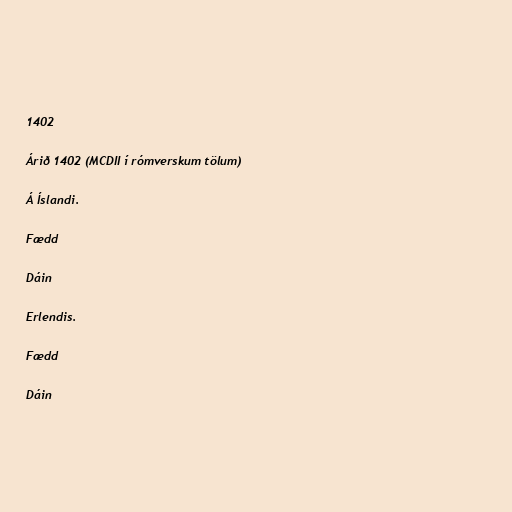
1402

Árið 1402 (MCDII í rómverskum tölum)

Á Íslandi.

Fædd

Dáin

Erlendis.

Fædd

Dáin